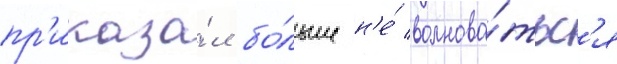
пр'иказа́л бо́льше н'е́ волнова́тьс'я